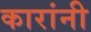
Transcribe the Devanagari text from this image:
कारांनी